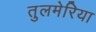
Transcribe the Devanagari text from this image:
तुलमेरिया